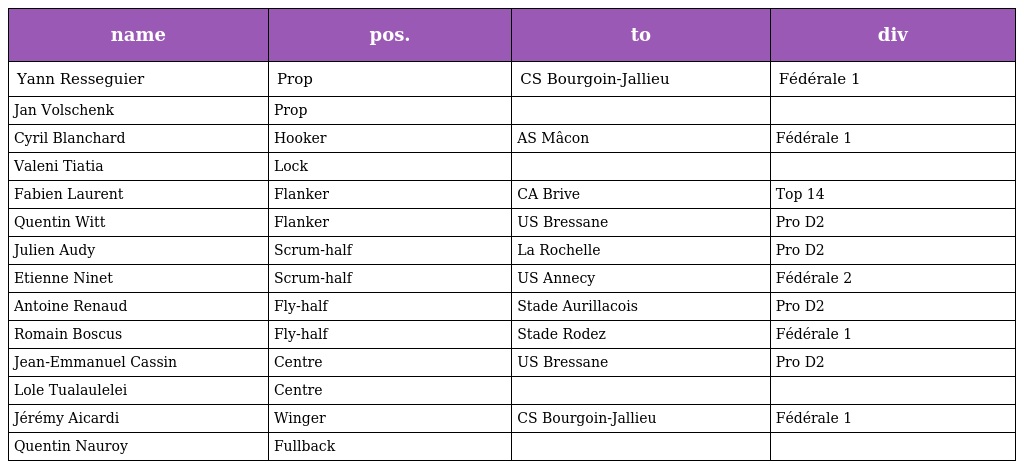
| name | pos. | to | div |
 | --- | --- | --- | --- |
 | Yann Resseguier | Prop | CS Bourgoin-Jallieu | Fédérale 1 |
 | Jan Volschenk | Prop |  |  |
 | Cyril Blanchard | Hooker | AS Mâcon | Fédérale 1 |
 | Valeni Tiatia | Lock |  |  |
 | Fabien Laurent | Flanker | CA Brive | Top 14 |
 | Quentin Witt | Flanker | US Bressane | Pro D2 |
 | Julien Audy | Scrum-half | La Rochelle | Pro D2 |
 | Etienne Ninet | Scrum-half | US Annecy | Fédérale 2 |
 | Antoine Renaud | Fly-half | Stade Aurillacois | Pro D2 |
 | Romain Boscus | Fly-half | Stade Rodez | Fédérale 1 |
 | Jean-Emmanuel Cassin | Centre | US Bressane | Pro D2 |
 | Lole Tualaulelei | Centre |  |  |
 | Jérémy Aicardi | Winger | CS Bourgoin-Jallieu | Fédérale 1 |
 | Quentin Nauroy | Fullback |  |  |